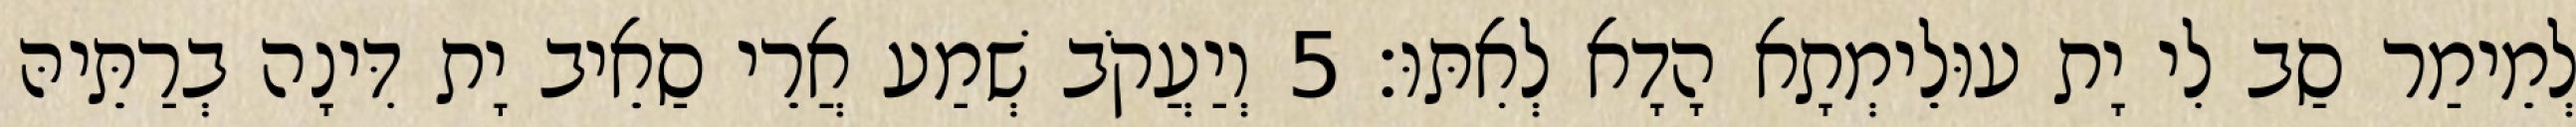
לְמֵימַר סַב לִי יָת עוּלֵימְתָא הָדָא לְאִתּוּ׃ 5 וְיַעֲקֹב שְׁמַע אֲרֵי סַאֵיב יָת דִּינָה בְרַתֵּיהּ